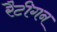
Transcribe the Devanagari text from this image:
रैटीगन